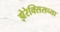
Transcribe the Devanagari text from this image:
झेरेक्सिसच्या